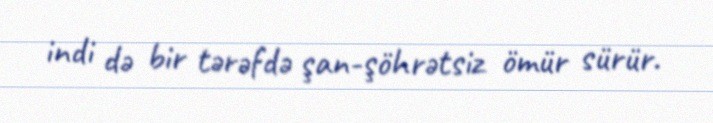
indi də bir tərəfdə şan-şöhrətsiz ömür sürür.